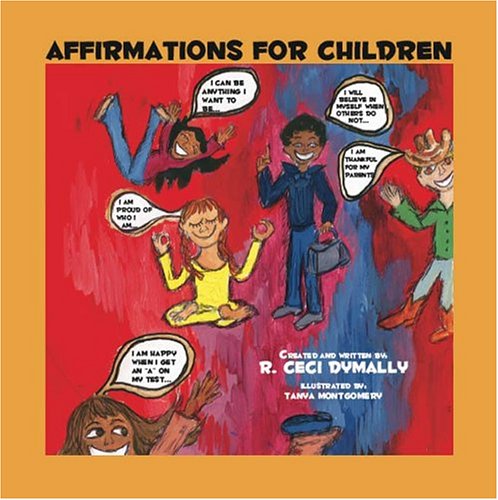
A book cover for Affirmations For Children; R. Ceci Dymally; Teen & Young Adult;